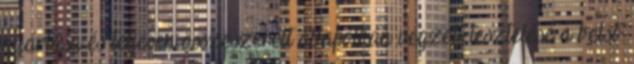
gyártása és teljesen összeszerelt állapotban végzett tesztelése a belső